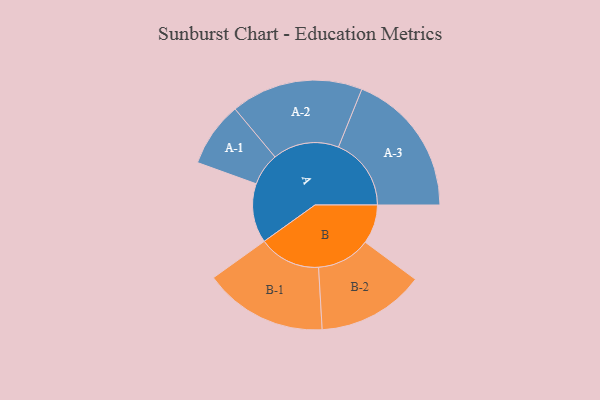
{"axis": {"x": "Segment", "y": "Value"}, "legend": ["", "A", "B"], "data": [{"x": "A", "y": 243, "type": ""}, {"x": "B", "y": 160, "type": ""}, {"x": "A-1", "y": 133, "type": "A"}, {"x": "A-2", "y": 271, "type": "A"}, {"x": "A-3", "y": 298, "type": "A"}, {"x": "B-1", "y": 253, "type": "B"}, {"x": "B-2", "y": 220, "type": "B"}]}